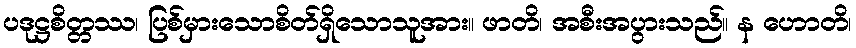
ပဒုဋ္ဌစိတ္တဿ၊ ပြစ်မှားသောစိတ်ရှိသောသူအား။ ဖာတိ၊ အစီးအပွားသည်။ န ဟောတိ၊